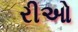
રીઓ